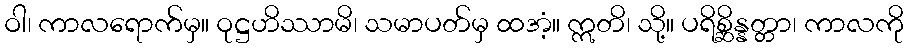
ဝါ၊ ကာလရောက်မှ။ ဝုဋ္ဌဟိဿာမိ၊ သမာပတ်မှ ထအံ့။ ဣတိ၊ သို့။ ပရိစ္ဆိန္နတ္တာ၊ ကာလကို